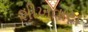
શીખવાય